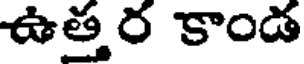
ఉత్త ర కాండ